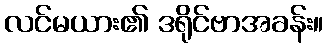
လင်မယား၏ ဒရိုင်ဗာအခန်း။